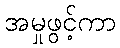
အမှုဖွင့်ကာ